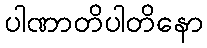
ပါဏာတိပါတိနော